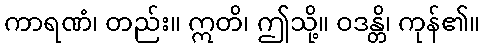
ကာရဏံ၊ တည်း။ ဣတိ၊ ဤသို့။ ဝဒန္တိ၊ ကုန်၏။